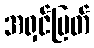
အရှင်မြတ်